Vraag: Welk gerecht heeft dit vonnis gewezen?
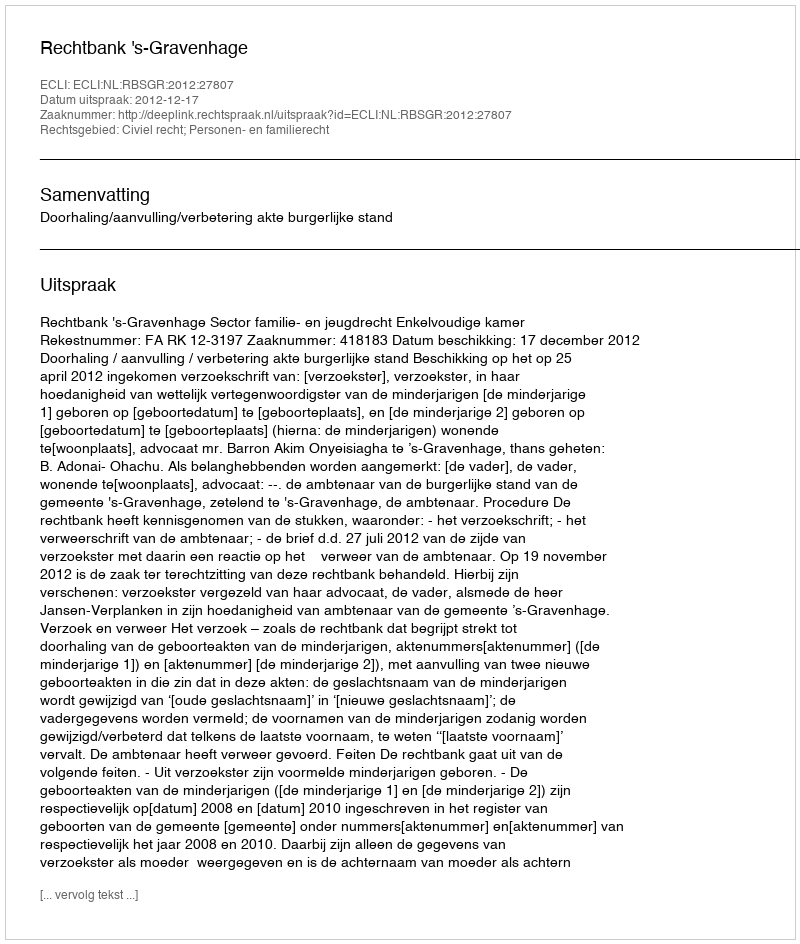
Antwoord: Rechtbank 's-Gravenhage